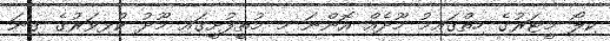
ކިލޯ މީޓަރުގެ ހިތްގައިމު މޫދެއް އޮންނަ މި މުތީފުށީގައި މޫދު ކުޅިވަރުގެ ގިނަ